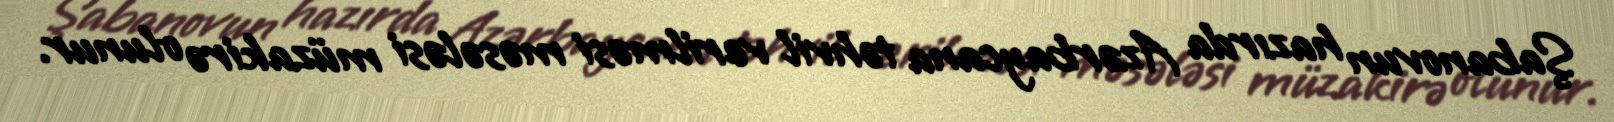
Şabanovun hazırda Azərbaycana təhvil verilməsi məsələsi müzakirə olunur.